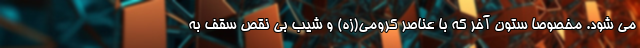
می شود. مخصوصا ستون آخر که با عناصر کرومی(زه) و شیب بی نقص سقف به